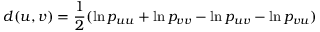
d ( u , v ) = \frac 1 2 ( \ln p _ { u u } + \ln p _ { v v } - \ln p _ { u v } - \ln p _ { v u } )